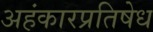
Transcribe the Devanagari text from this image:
अहंकारप्रतिषेध